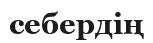
себердің